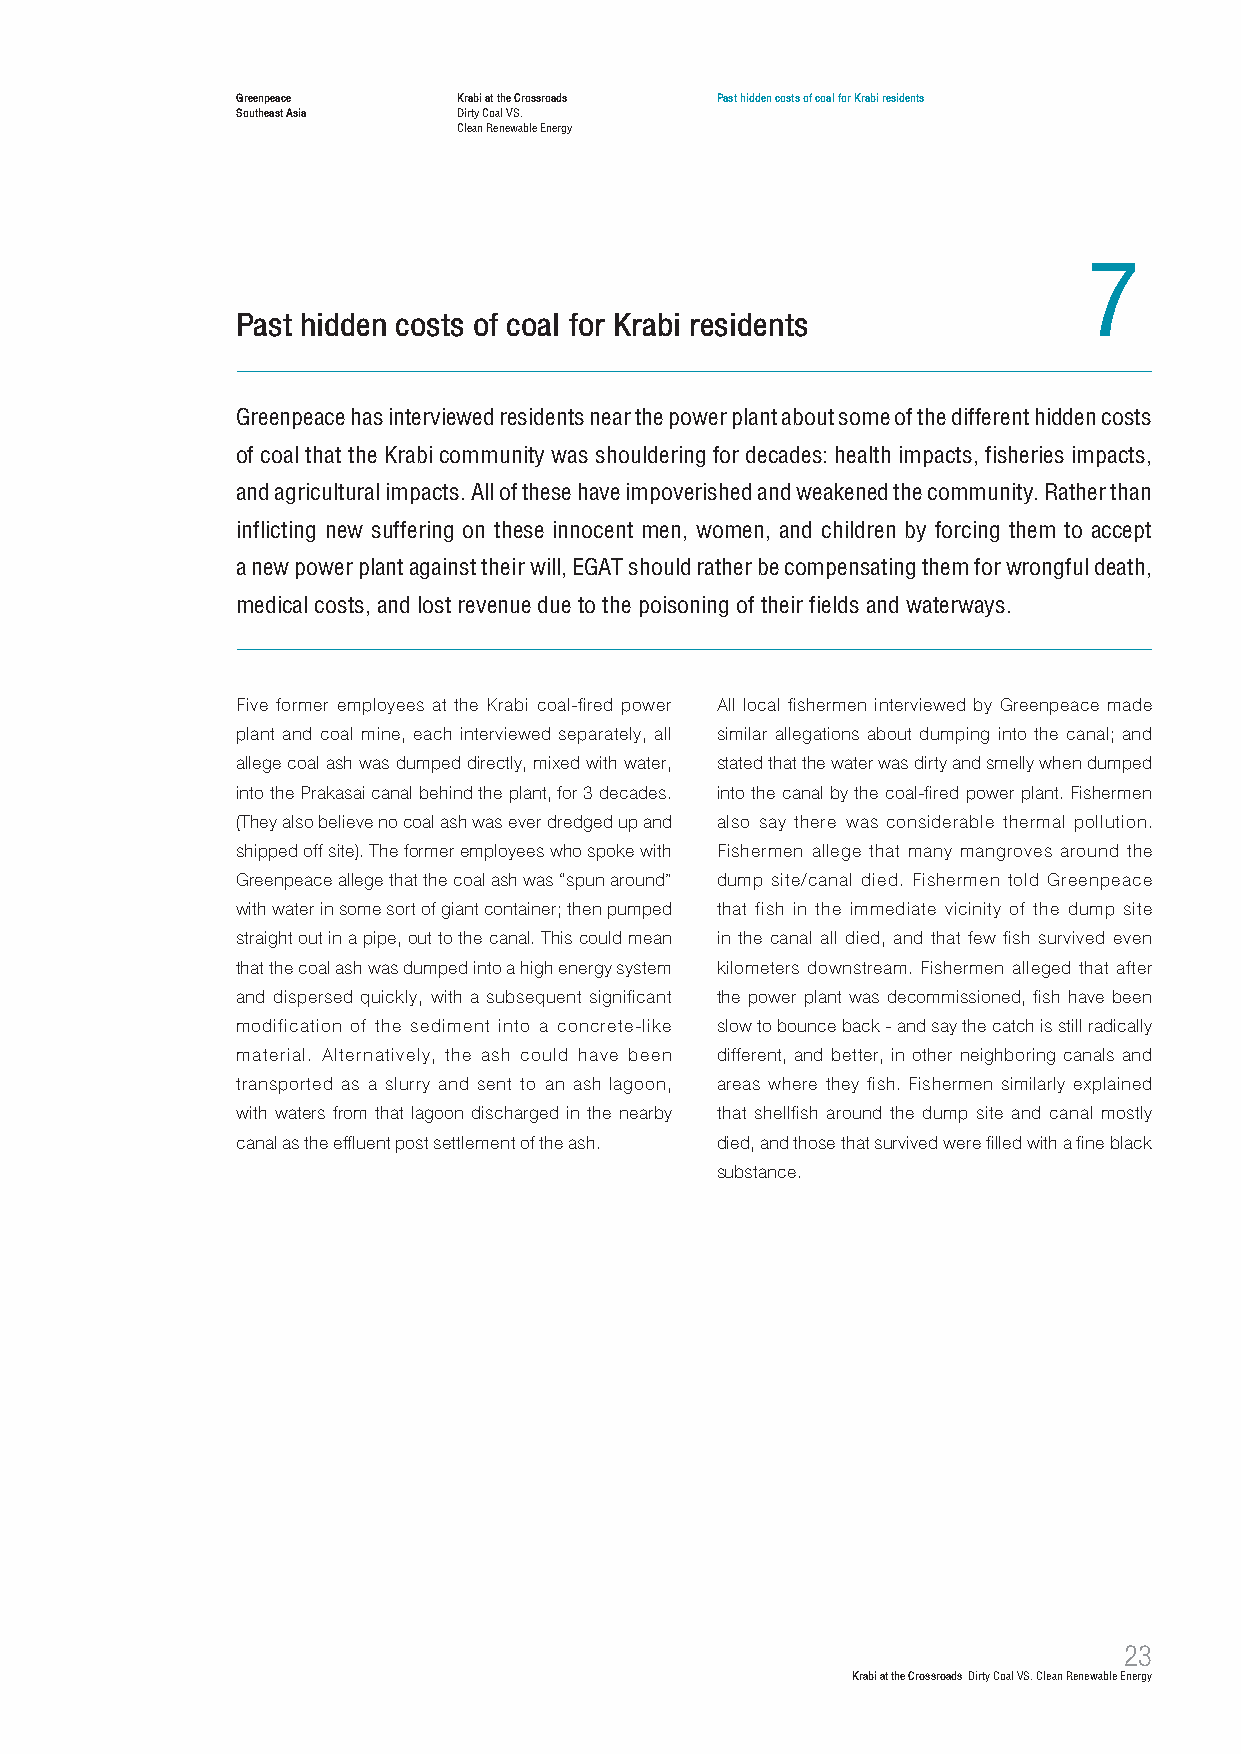
Greenpeace    Krabi at the Crossroads Past hidden costs of coal for Krabi residents
 Southeast Asia Dirty Coal VS.
 Clean Renewable Energy
 7
 Past hidden costs of coal for Krabi residents
 Greenpeace has interviewed residents near the power plant about some of the different hidden costs
 of coal that the Krabi community was shouldering for decades: health impacts, fisheries impacts,
 and agricultural impacts. All of these have impoverished and weakened the community. Rather than
 inflicting new suffering on these innocent men, women, and children by forcing them to accept
 a new power plant against their will, EGAT should rather be compensating them for wrongful death,
 medical costs, and lost revenue due to the poisoning of their fields and waterways.
 Five former employees at the Krabi coal-fired power All local fishermen interviewed by Greenpeace made
 plant and coal mine, each interviewed separately, all similar allegations about dumping into the canal; and
 allege coal ash was dumped directly, mixed with water, stated that the water was dirty and smelly when dumped
 into the Prakasai canal behind the plant, for 3 decades. into the canal by the coal-fired power plant. Fishermen
 (They also believe no coal ash was ever dredged up and also say there was considerable thermal pollution.
 shipped off site). The former employees who spoke with Fishermen allege that many mangroves around the
 Greenpeace allege that the coal ash was “spun around” dump site/canal died. Fishermen told Greenpeace
 with water in some sort of giant container; then pumped that fish in the immediate vicinity of the dump site
 straight out in a pipe, out to the canal. This could mean in the canal all died, and that few fish survived even
 that the coal ash was dumped into a high energy system kilometers downstream. Fishermen alleged that after
 and dispersed quickly, with a subsequent significant the power plant was decommissioned, fish have been
 modification of the sediment into a concrete-like slow to bounce back - and say the catch is still radically
 material. Alternatively, the ash could have been different, and better, in other neighboring canals and
 transported as a slurry and sent to an ash lagoon, areas where they fish. Fishermen similarly explained
 with waters from that lagoon discharged in the nearby that shellfish around the dump site and canal mostly
 canal as the effluent post settlement of the ash. died, and those that survived were filled with a fine black
 substance.
 23
 Krabi at the Crossroads Dirty Coal VS. Clean Renewable Energy